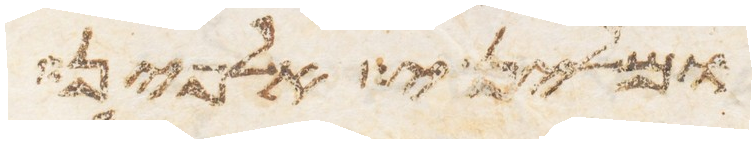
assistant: ובין הים לפני